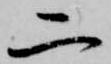
二